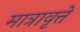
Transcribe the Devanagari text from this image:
मात्रावृत्ते